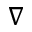
\nabla